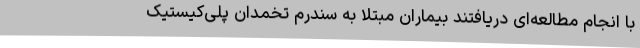
با انجام مطالعه‌ای دریافتند بیماران مبتلا به سندرم تخمدان پلی‌کیستیک